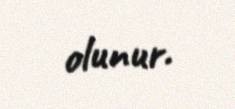
olunur.